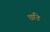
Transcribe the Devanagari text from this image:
छठि